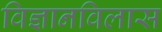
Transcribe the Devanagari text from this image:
विज्ञानविलास